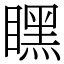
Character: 䁫